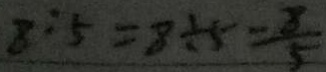
8 : 5 = 8 \div 5 = \frac { 8 } { 5 }